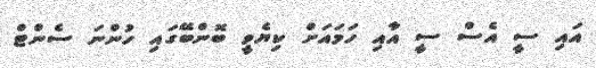
އައި ސީ އެސް ސީ އާއި ހަމައަށް ކިޔެވީ ބޮންބޭގައި ހުންނަ ސެންޓް